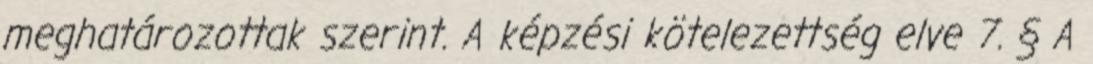
meghatározottak szerint. A képzési kötelezettség elve 7. § A